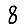
Digit: 8